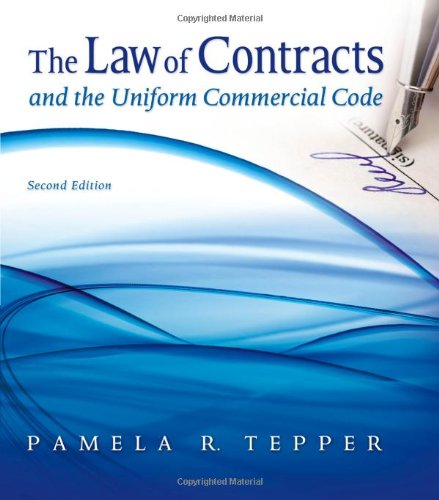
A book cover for The Law of Contracts and the Uniform Commercial Code; Pamela Tepper; Law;